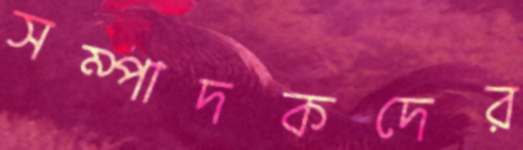
সম্পাদকদের